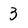
Character: 3